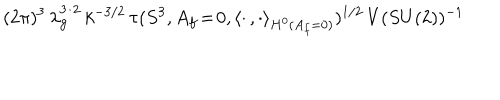
( 2 \pi ) ^ { 3 } \, \lambda _ { \bf g } ^ { 3 / 2 } \, k ^ { - 3 / 2 } \, \tau ( S ^ { 3 } , A _ { f } \! = \! 0 , \langle \cdot \, , \cdot \rangle _ { H ^ { 0 } ( A _ { f } = 0 ) } ) ^ { 1 / 2 } \, V ( S U ( 2 ) ) ^ { - 1 }